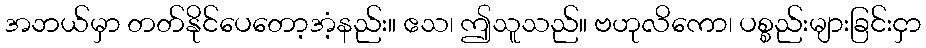
အဘယ်မှာ တတ်နိုင်ပေတော့အံ့နည်း။ ဧသ၊ ဤသူသည်။ ဗဟုလိကော၊ ပစ္စည်းများခြင်းငှာ